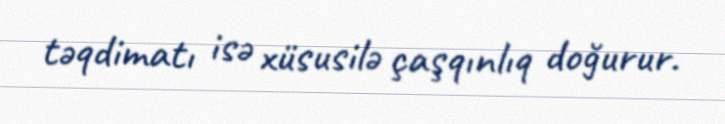
təqdimatı isə xüsusilə çaşqınlıq doğurur.